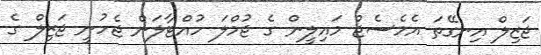
ޖަޒިލް އިނގޭތަ އެމެސެޖް މައިލީން ގެ ޖުމްލަ ހުއްޓާލަން ޖެހުނީ ޖަޒިލް ގެ